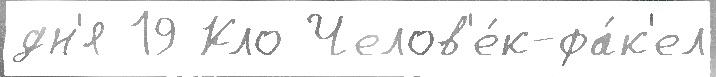
дн'я 19 Кло Челов'е́к-фа́к'ел